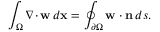
\int _ { \Omega } { { \nabla \cdot } \, } { \mathbf w } \, d { \mathbf x } = \oint _ { { \partial \Omega } } { \mathbf w } \cdot { \mathbf n } \, d s .